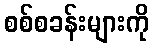
စစ်စခန်းများကို